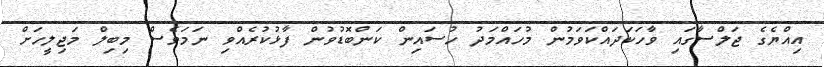
އިއްޔެގެ ޖަލްސާގައި ވާހަކަދައްކަވަމުން މުހައްމަދު ހުސައިން ކަންބޮޑުވުން ފާޅުކުރެއްވި ނަމަވެސް މިބިލް މަޖިލީހަށް